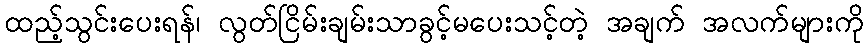
ထည့်သွင်းပေးရန်၊ လွတ်ငြိမ်းချမ်းသာခွင့်မပေးသင့်တဲ့ အချက် အလက်များကို